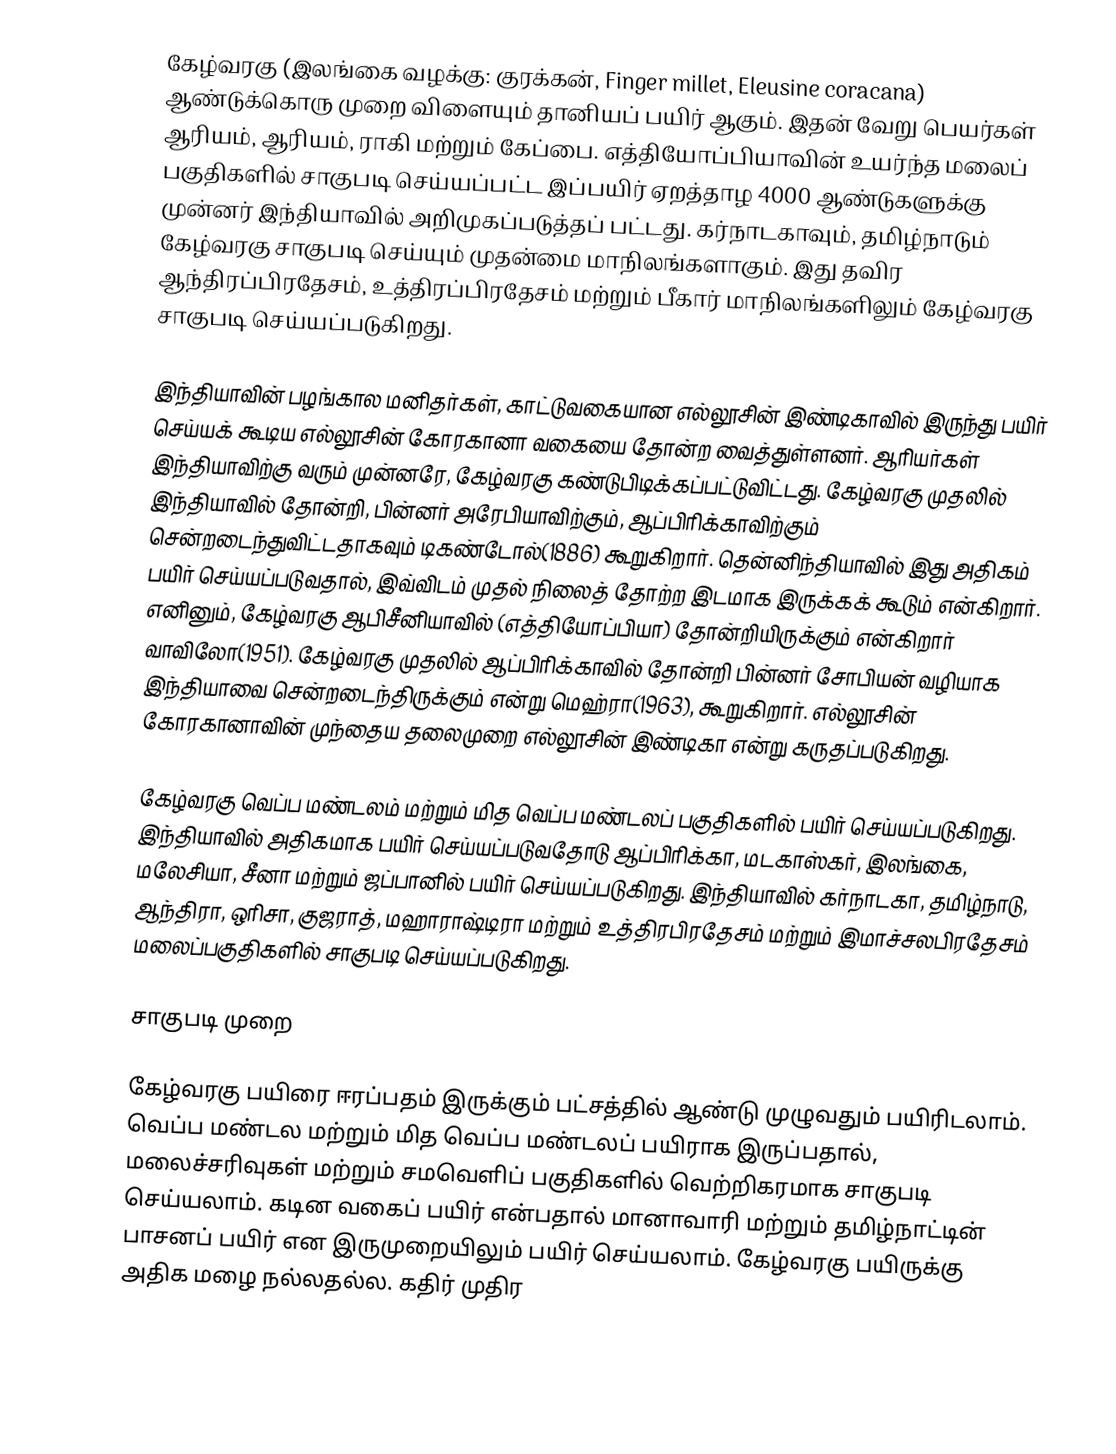
கேழ்வரகு (இலங்கை வழக்கு: குரக்கன், Finger millet, Eleusine coracana) ஆண்டுக்கொரு முறை விளையும் தானியப் பயிர் ஆகும். இதன் வேறு பெயர்கள் ஆரியம், ஆரியம், ராகி மற்றும் கேப்பை. எத்தியோப்பியாவின் உயர்ந்த மலைப் பகுதிகளில் சாகுபடி செய்யப்பட்ட இப்பயிர் ஏறத்தாழ 4000 ஆண்டுகளுக்கு முன்னர் இந்தியாவில் அறிமுகப்படுத்தப் பட்டது. கர்நாடகாவும், தமிழ்நாடும் கேழ்வரகு சாகுபடி செய்யும் முதன்மை மாநிலங்களாகும்.  இது தவிர ஆந்திரப்பிரதேசம், உத்திரப்பிரதேசம் மற்றும் பீகார் மாநிலங்களிலும் கேழ்வரகு  சாகுபடி செய்யப்படுகிறது.

இந்தியாவின் பழங்கால மனிதர்கள், காட்டுவகையான எல்லூசின் இண்டிகாவில் இருந்து பயிர் செய்யக் கூடிய எல்லூசின் கோரகானா வகையை தோன்ற வைத்துள்ளனர். ஆரியர்கள் இந்தியாவிற்கு வரும் முன்னரே, கேழ்வரகு கண்டுபிடிக்கப்பட்டுவிட்டது. கேழ்வரகு முதலில் இந்தியாவில் தோன்றி, பின்னர் அரேபியாவிற்கும், ஆப்பிரிக்காவிற்கும் சென்றடைந்துவிட்டதாகவும்  டிகண்டோல்(1886) கூறுகிறார். தென்னிந்தியாவில் இது அதிகம் பயிர் செய்யப்படுவதால், இவ்விடம் முதல் நிலைத் தோற்ற இடமாக இருக்கக் கூடும் என்கிறார். எனினும், கேழ்வரகு ஆபிசீனியாவில் (எத்தியோப்பியா) தோன்றியிருக்கும் என்கிறார் வாவிலோ(1951). கேழ்வரகு முதலில் ஆப்பிரிக்காவில் தோன்றி பின்னர் சோபியன் வழியாக  இந்தியாவை சென்றடைந்திருக்கும் என்று மெஹ்ரா(1963), கூறுகிறார். எல்லூசின் கோரகானாவின் முந்தைய தலைமுறை எல்லூசின் இண்டிகா என்று கருதப்படுகிறது.

கேழ்வரகு வெப்ப மண்டலம் மற்றும் மித வெப்ப மண்டலப் பகுதிகளில் பயிர் செய்யப்படுகிறது. இந்தியாவில் அதிகமாக பயிர் செய்யப்படுவதோடு ஆப்பிரிக்கா, மடகாஸ்கர், இலங்கை, மலேசியா, சீனா மற்றும் ஜப்பானில் பயிர் செய்யப்படுகிறது. இந்தியாவில் கர்நாடகா,  தமிழ்நாடு, ஆந்திரா, ஒரிசா, குஜராத், மஹாராஷ்டிரா மற்றும் உத்திரபிரதேசம் மற்றும் இமாச்சலபிரதேசம் மலைப்பகுதிகளில் சாகுபடி செய்யப்படுகிறது.

சாகுபடி முறை

கேழ்வரகு பயிரை ஈரப்பதம் இருக்கும் பட்சத்தில் ஆண்டு முழுவதும் பயிரிடலாம். வெப்ப மண்டல மற்றும் மித வெப்ப மண்டலப் பயிராக இருப்பதால், மலைச்சரிவுகள் மற்றும் சமவெளிப் பகுதிகளில் வெற்றிகரமாக சாகுபடி செய்யலாம். கடின வகைப் பயிர் என்பதால் மானாவாரி மற்றும் தமிழ்நாட்டின் பாசனப் பயிர் என இருமுறையிலும் பயிர் செய்யலாம். கேழ்வரகு பயிருக்கு அதிக மழை நல்லதல்ல. கதிர் முதிர